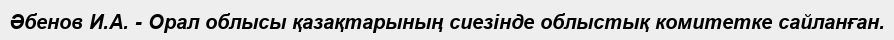
Әбенов И.А. - Орал облысы қазақтарының сиезінде облыстық комитетке сайланған.